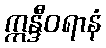
ဣန္ဒီဝရာနံ